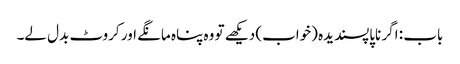
باب : اگر ناپاپسندیدہ (خواب) دیکھے تو وہ پناہ مانگے اور کروٹ بدل لے۔